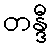
တန္ဒီ